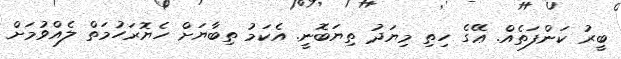
ބީރު ކަންފަތެއް. ޢޭގެ ހިތި މިޔަދު ތިޔަބޮނީ. އެކަމު ތިބާޔަށް ހެޔޮރަހުމަތް ލެއްވުމަށް